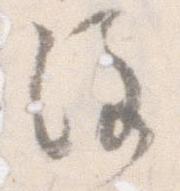
注